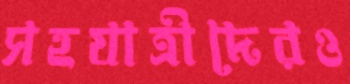
সহযাত্রীদেরও